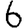
Digit: 6